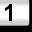
Digit: 1